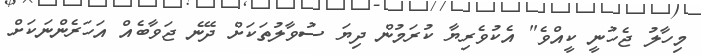
މިހާލު ޖެހުނީ ކީއްވެ" އެކުވެރިޔާ ކުރަމުން ދިޔަ ސުވާލުތަކަށް ދޭނެ ޖަވާބެއް އަހަރެންނަކަށް